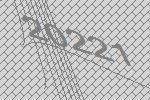
20221